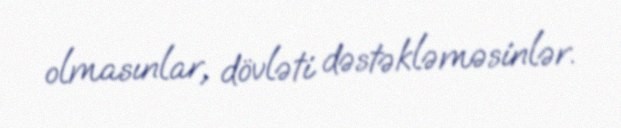
olmasınlar, dövləti dəstəkləməsinlər.